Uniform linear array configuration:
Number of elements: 16
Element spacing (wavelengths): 0.25
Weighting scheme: kaiser
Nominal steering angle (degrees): -15
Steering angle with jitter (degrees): -15.73
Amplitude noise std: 0.05
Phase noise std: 0.05

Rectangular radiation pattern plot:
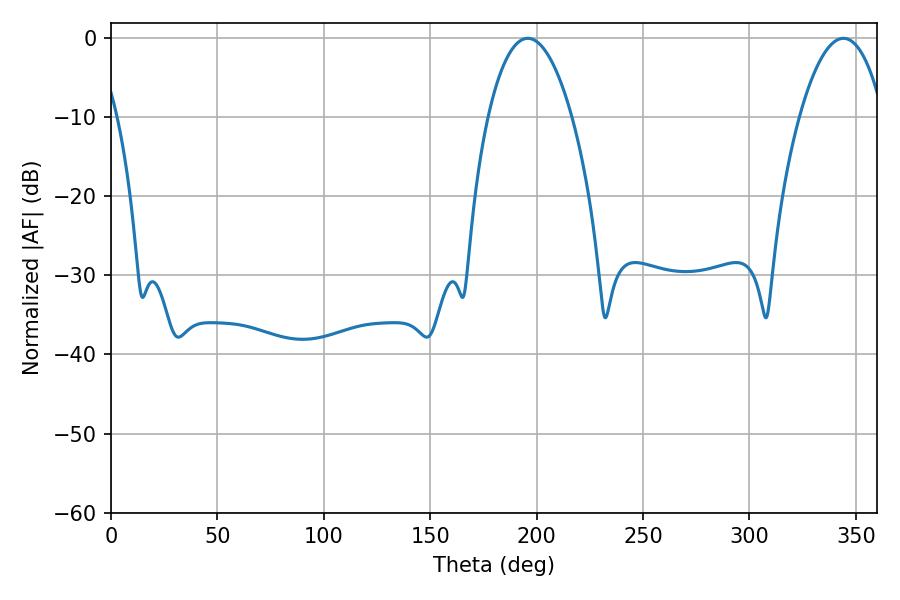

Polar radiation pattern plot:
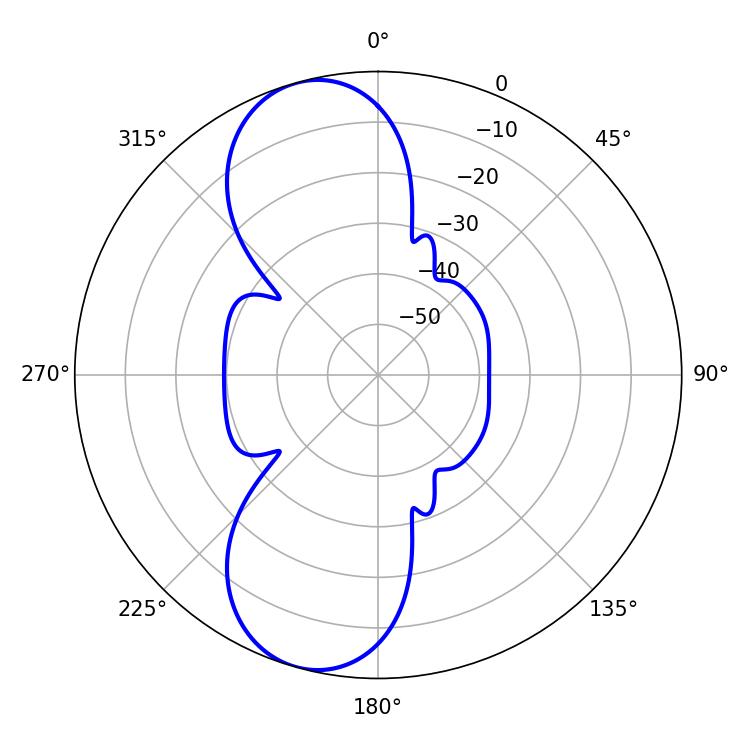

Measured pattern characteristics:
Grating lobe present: FALSE
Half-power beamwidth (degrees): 21.96
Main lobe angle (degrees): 195.84